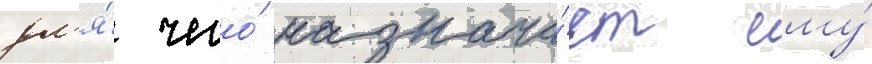
дл'я́ чего́ назнача́ет ему́